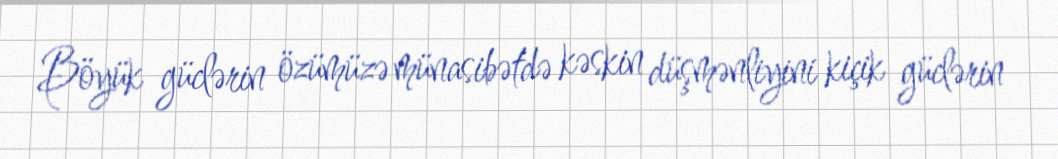
Böyük güclərin özümüzə münasibətdə kəskin düşmənliyini kiçik güclərin